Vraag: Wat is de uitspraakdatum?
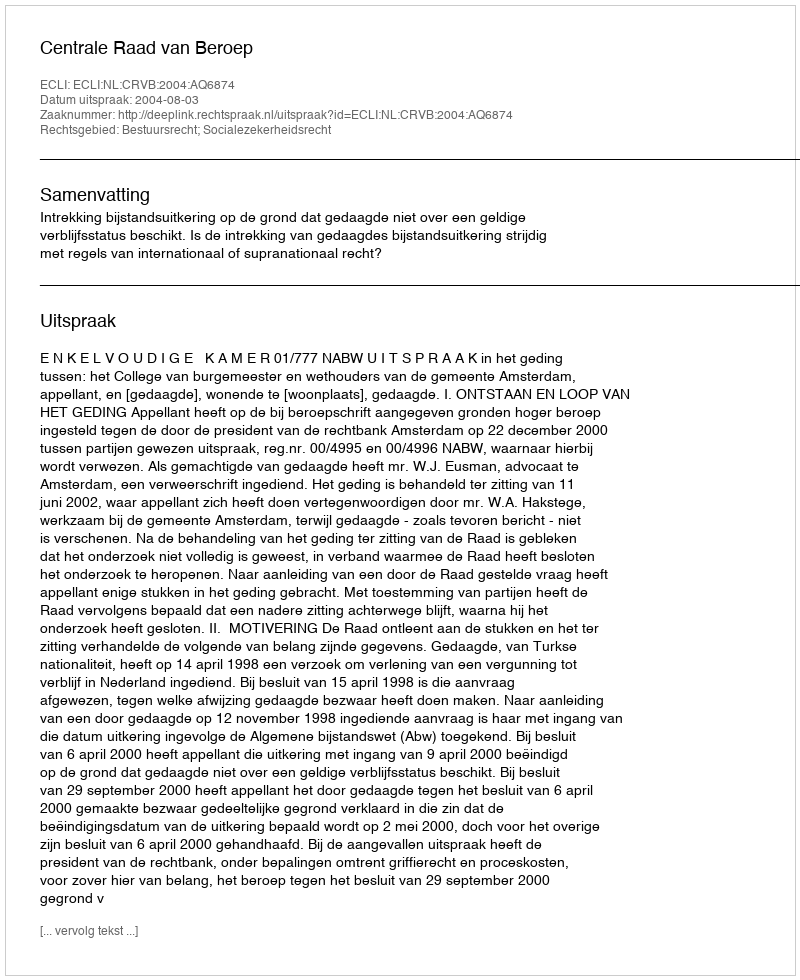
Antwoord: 2004-08-03